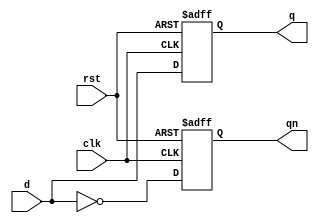
//////////////////////////////////////////////////////////////////////////////////
// 
// Design Name: 
// Module Name: d_type
// Project Name: D-Type flipflop
// Target Devices: 
// Tool Versions: 
// Description: 
// 
// Dependencies: 
// 
// Revision:
// Revision 0.01 - File Created
// Additional Comments: 
// 
//////////////////////////////////////////////////////////////////////////////////



module d_type (
  input d, clk, rst,
  output reg q, qn
);

always @(posedge clk or posedge rst) begin
  if (~rst) begin
    q <= d;
    qn <= ~d;
  end else begin
    q <= 1'b0;
    qn <= 1'b1;
  end
end

endmodule